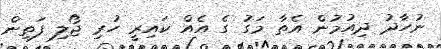
ނުހާދު ދިއުމުން އެތާ މަގު ގެ އެއް ކައިރީ ހުރި ޖޯލި ފަތިން